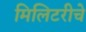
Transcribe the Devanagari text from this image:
मिलिटरीचे